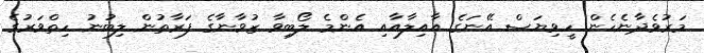
މަރުވެދާނެހެން ހީވިޔަސް އޭނަގެ އާއިލާއާއި އެންމެ ލޯބިވާ ޒުވާނާގެ ފަރާތުން ލިބުނު ހިތްވަރުގެ